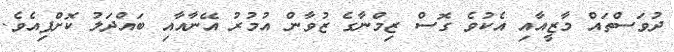
ދުވަސްތައް މާޒީއާއި އެކުވެ ގޮސް ޒިމްނާގެ ޒުވާން އުމުރު އޭނާއާއި ބައްދަލު ކޮށްފިއެވެ.